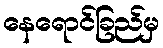
နေရောင်ခြည်မှ